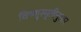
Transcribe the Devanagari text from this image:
विष्णुस्मृतीनुसार